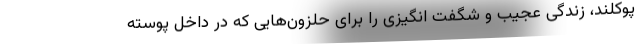
پوکلند، زندگی عجیب و شگفت انگیزی را برای حلزون‌هایی که در داخل پوسته